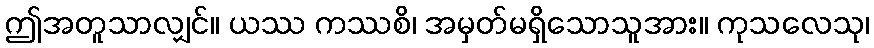
ဤအတူသာလျှင်။ ယဿ ကဿစိ၊ အမှတ်မရှိသောသူအား။ ကုသလေသု၊